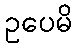
ဥပေမိ